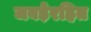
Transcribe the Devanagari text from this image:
जबड़ेरहित